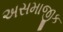
અસમાજીક